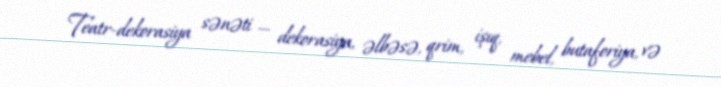
Teatr-dekorasiya sənəti — dekorasiya, əlbəsə, qrim, işıq, mebel, butaforiya, və